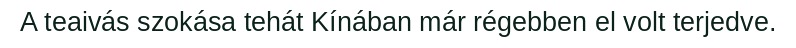
A teaivás szokása tehát Kínában már régebben el volt terjedve.